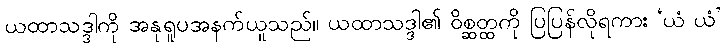
ယထာသဒ္ဒါကို အနုရူပအနက်ယူသည်။ ယထာသဒ္ဒါ၏ ဝိစ္ဆတ္ထကို ပြပြန်လိုရကား ‘ယံ ယံ’